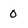
Character: 0